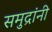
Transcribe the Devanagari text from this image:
समुद्रांनी